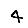
Digit: 4